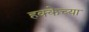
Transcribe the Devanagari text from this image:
हक्केच्या